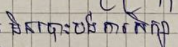
មិនបោះបង់ការសិក្សា